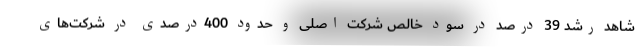
شاهد رشد 39 درصد در سود خالص شرکت اصلی و حدود 400درصدی در شرکت‌های